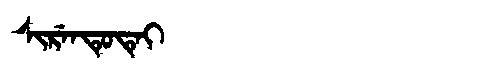
Manchu: ᠰᡳᡵᡝᠨᡨᡠᡨᡝᡳ
Romanization: SIRENTUTEI